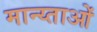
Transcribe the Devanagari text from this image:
मान्य्ताओं